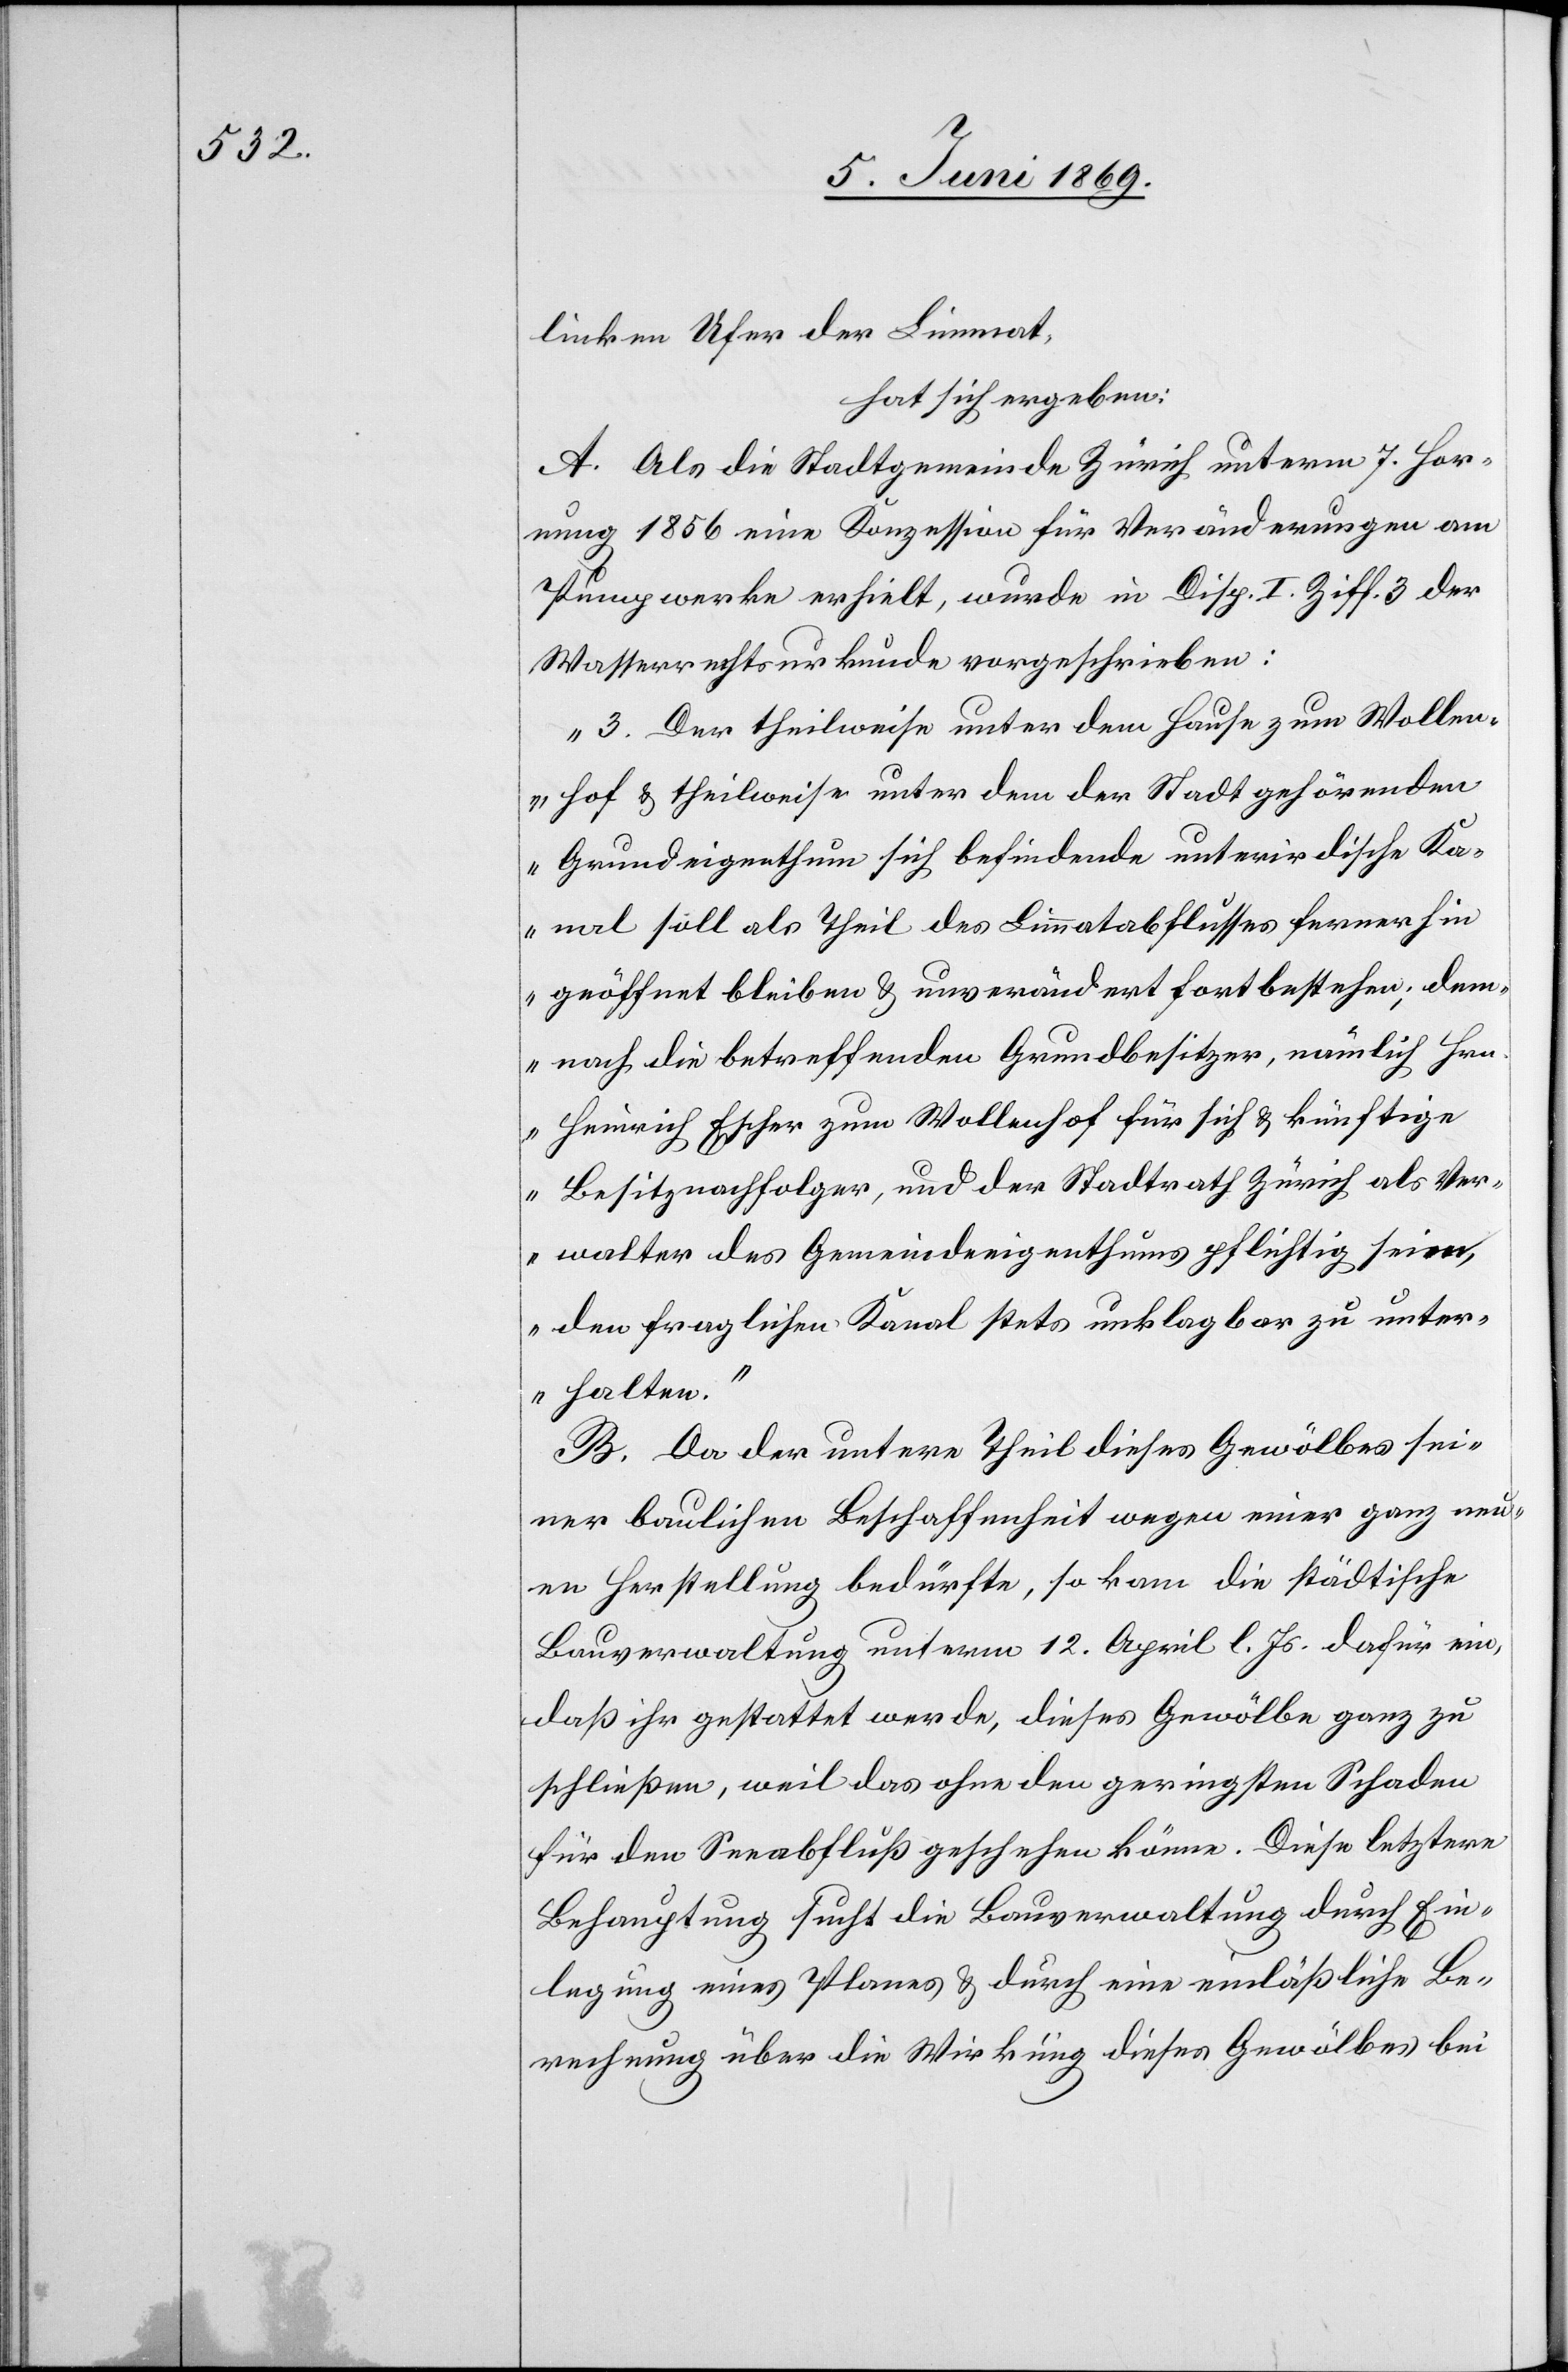
linken Ufer der Limmat,
hat sich ergeben:
A. Als die Stadtgemeinde Zürich unterm 7 Hor¬
nung 1856 eine Konzession für Veränderungen am
Pumpwerke erhielt, wurde in Disp. I. Ziff. 3 der
Wasserrechtsurkunde vorgeschrieben:
„3. Der theilweise unter dem Hause zum Wollen¬
hof u. theilweise unter dem der Stadt gehörenden
Grundeigenthum sich befindende unterirdische Ka¬
nal soll als Theil des Limmatabflusses fernerhin
geöffnet bleiben u. unverändert fortbestehen; dem¬
nach die betreffenden Grundbesitzer, nämlich Hrn.
Heinrich Escher zum Wollenhof für sich u. künftige
Besitznachfolger, und der Stadtrath Zürich als Ver¬
walter des Grundeigenthums pflichtig sein,
den fraglichen Kanal stets unklagbar zu unter¬
halten.“
B. Da der untere Theil dieses Gewölbes sei¬
ner baulichen Beschaffenheit wegen einer ganz neu¬
en Herstellung bedürfte, so kam die städtische
Bauverwaltung unterm 12 April l. Js. dafür ein,
daß ihr gestattet werde, dieses Gewölbe ganz zu
schließen, weil das ohne den geringsten Schaden
für den Seeabfluß geschehen könne. Diese letztere
Behauptung sucht die Bauverwaltung durch Ein¬
legung eines Planes u. durch eine einläßliche Be¬
rechnung über die Wirkung dieses Gewölbes bei